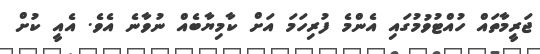
ޖަރީމާތައް ހުއްޓުވުމުގައި އެންމެ ފުރިހަމަ އަށް ކާމިޔާބެއް ނުވާނެ އެވެ. އެއީ ކުށް